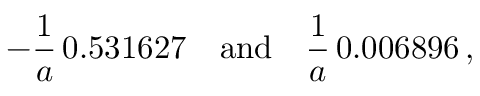
- \frac { 1 } { a } \, 0 . 5 3 1 6 2 7 \quad \mathrm { a n d } \quad \frac { 1 } { a } \, 0 . 0 0 6 8 9 6 \, { , }